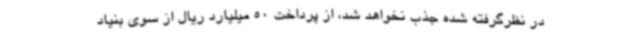
در نظرگرفته شده جذب نخواهد شد، از پرداخت 50 میلیارد ریال از سوی بنیاد